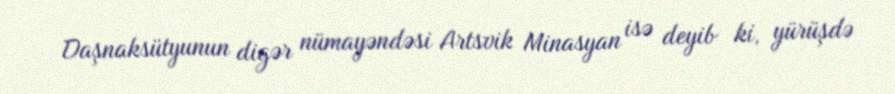
Daşnaksütyunun digər nümayəndəsi Artsvik Minasyan isə deyib ki, yürüşdə